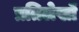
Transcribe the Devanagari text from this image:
प्रतिलेखों